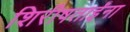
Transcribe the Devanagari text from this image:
शिरीषताईंना